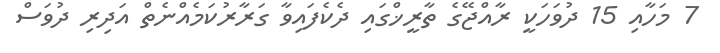
7 މަހާއި 15 ދުވަހަކީ ރާއްޖޭގެ ތާރީޚްގައި ދެކެފައިވާ ގަރާރުކަމެއްނެތް އަދިރި ދުވަސް